Medical and sanitary report of the native army of Bengal for the year
Year: 1877
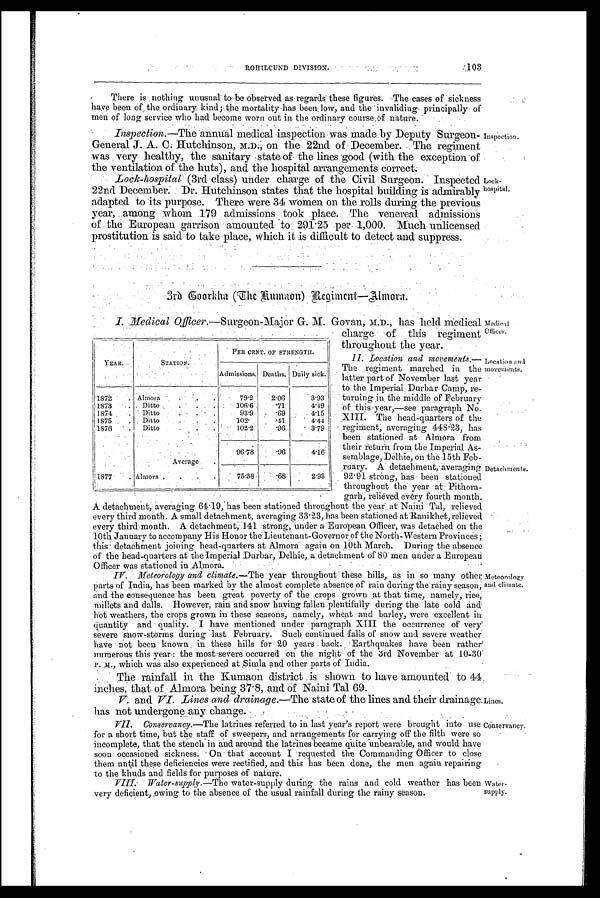
R O H I L C U N D D I V I S I O N .
103
Lines.
Conservancy.
There is nothing unusual to be observed as regards these figures. The cases of sickness
have been of the ordinary kind; the mortality has been low, and the invaliding principally of
men of long service who had become worn out in the ordinary course of nature.
Inspection.—The annual medical inspection was made by Deputy Surgeon-
General J. A. C. Hutchinson, M.D., on the 22nd of December. The regiment
was very healthy, the sanitary state of the lines good (with the exception of
the ventilation of the huts), and the hospital arrangements correct.
Lock-hospital (3rd class) under charge of the Civil Surgeon. Inspected
22nd December. Dr. Hutchinson states that the hospital building is admirably
adapted to its purpose. There were 34 women on the rolls during the previous
year, among whom 179 admissions took place. The venereal admissions
of the European garrison amounted to 291 . 25 per 1,000. Much unlicensed
prostitution is said to take place, which it is difficult to detect and suppress.
Inspection.
Lock-
hospital.
3rd Goorkha (The Kumaon) Regiment—Almora.
I.
Medical
Officer. — S u r g e o n - M a j o r G . M . G o v a n , M . D . , h a s h e l d m e d i c a l
charge of this regiment
throughout the year.
II. Location and movements.
— T h e r e g i m e n t m a r c h e d i n t h e
latter part of November last year
to the Imperial Durbar Camp, r
e-turning the middle of February
of this year,—See paragraph No.
XIII. The head quarters of the
regiment, averaging 448.23, has
been stationed at Almora from.
their return from the Imperial As-
semblage, Delhie, on the 15th Feb-
r u a r y . A d e t a c h m e n t , a v e r a g i n g
92 . 91 strong, has been stationed
throughout the year at Pithora-
garh, relieved every fourth month.
-
A detachment, averaging 64 . 19, has been stationed throughout the year at Nain i Tal, relieved
every third month. A small detachment, averaging 33 . 23, has been stationed at Ranikhet, relieved
every third month. A detachment, 141 strong, under a European Officer was detached on the
10th January to accompany His Honor the Lieutenant-Governor of the North- Western Provinces
this detachment joining head-quarters at Almora again on 10th March. During the absence
o f t h e h e a d - q u a r t e r s a t ' t h e I m p e r i a l D u n b a r , D e l h i e , a d e t a c h m e n t o f 8 0 m e n u n d e r a E u r o p e a n
Officer was stationed in Almora.
IV. Meteorology and climate.— The y e a r t h r o u g h o u t t h e s e h i l l s , a s i n s o m a n y o t h e r
parts of India, has been marked by the almost complete absence of rain during the rainy season,
and the consequence has been great poverty of the crops grown at that time, namely, rice,
millets and dalls. However, rain and snow having fallen plentifully during the late cold and
hot weathers,the crops grown in these seasons, namely, wheat and barley, were excellent in
quantity and quality. I have mentioned under paragraph XIII the occurrence of very
severe show-storms during last February. Such continued falls of snow and severe Weather'
have not been known in these hills for 20 years back. Earthquakes have been rather
numerous this year: the most severe occurred on the night of the 3rd November at 10-30
P. M., which was also experienced at Simla and other parts of India.
The rainfall in the Kumaon district is shown to have amounted to 44
inches, that of Almora being . 37.8, and of Naini Tal 69.
V. and VI. Lines and drainage.— The state of the lines and their drainage
has not undergone any change.
VII. Conservancy.— The latrines referred to in last year's report were brought into use
for a short time, but the staff of sweepers, and arrangements for carrying off the filth were so
incomplete, that the stench in and around the latrines became quite unbearable, and would have
soon occasioned sickness. On that account I requested the Commanding Officer to close
them until these deficiencies were rectified, and this has been done, the men again repairing
to the khucls and fields for purposes of nature.
Water-supply.— The water-supply during the rains and cold weather has been
very deficient, owing to the absence of the usual rainfall during the rainy season.
YEAR.
STATION.
PER CENT. OF STRENGTH.
Admissions. Deaths. Daily sick
1872
. Almora
79.2
2.06
3.93
1873
.
Ditto
. .
.
106.6
7 1
4.49
1874
Ditto
.
.
.
93.9
. 6 9
4.15
1875
Ditto
. .
.
102.
.41
4.44
1876
Ditto
. .
.
102.2
. 9 6
3.79
Average
.
96.78
.96
4.16
1877
. Almora
. .
.
5 . 3 8
. 6 8
2.93
Medical
Officer.
Location and
movements.
Detachments.
Meteorology
and climate.
Water-
supply.